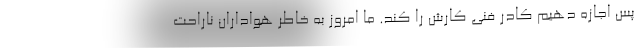
پس اجازه دهیم کادر فنی کارش را کند. ما امروز به خاطر هواداران ناراحت